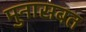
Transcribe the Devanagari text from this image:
मुनासबत